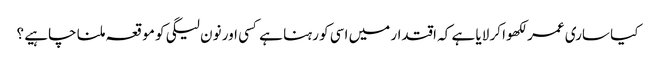
کیا ساری عمر لکھوا کر لایا ہے کہ اقتدار میں اسی کو رہنا ہے کسی اور نون لیگی کو موقعہ ملنا چاہیے ؟